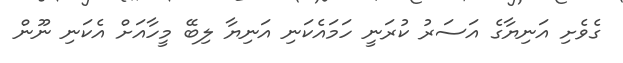
ގެވެށި އަނިޔާގެ އަސަރު ކުރަނީ ހަމައެކަނި އަނިޔާ ލިބޭ މީހާއަށް އެކަނި ނޫން